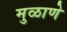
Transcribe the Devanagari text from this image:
मुळाणे